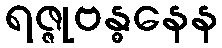
ရဇ္ဇုဗန္ဓနေန